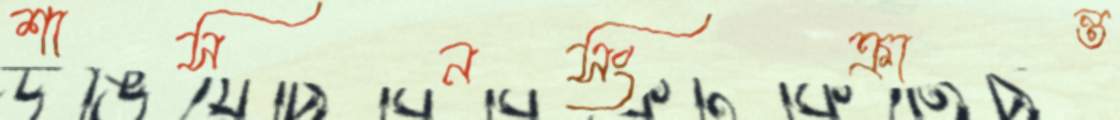
শাসনসংক্রান্ত